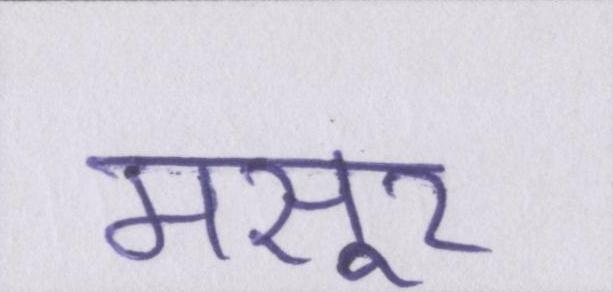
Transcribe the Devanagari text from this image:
मसूर